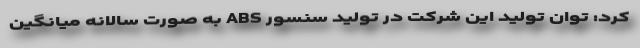
کرد: توان تولید این شرکت در تولید سنسور ABS به صورت سالانه میانگین